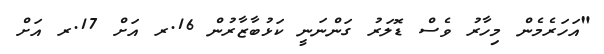
"އަހަރެމެން މިހާރު ވެސް ޑޮލަރު ގަންނަނީ ކަޅުބާޒާރުން 16.ރ އަށް 17.ރ އަށް